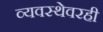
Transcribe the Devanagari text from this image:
व्यवस्थेवरही